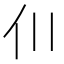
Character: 𫢇